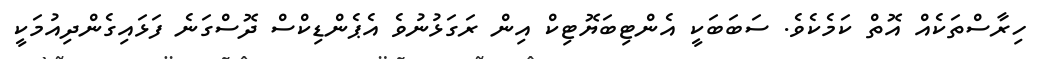
ހިރާސްތަކެއް އޮތް ކަމެކެވެ. ސަބަބަކީ އެންޓިބަޔޮޓިކް އިން ރަގަޅުނުވެ އެޕެންޑިކްސް ދޮސްގަނެ ފަޅައިގެންދިއުމަކީ